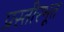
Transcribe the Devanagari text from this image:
प्रस्तीरभूत